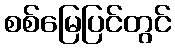
စစ်မြေပြင်တွင်